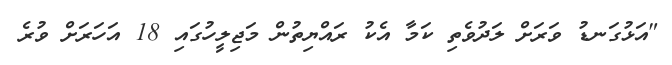
"އަޅުގަނޑު ވަރަށް ލަދުވެތި ކަމާ އެކު ރައްޔިތުން މަޖިލީހުގައި 18 އަހަރަށް ވުރެ